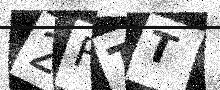
Text: 2FTT